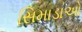
સિમાડાઓ